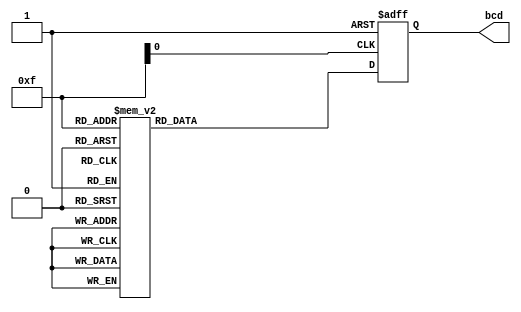
`timescale 1ns / 1ps
//////////////////////////////////////////////////////////////////////////////////
// Company: 
// Engineer: 
// 
// Design Name: 
// Module Name: bin2BCD_tb
// Project Name: 
// Target Devices: 
// Tool Versions: 
// Description: 
// 
// Dependencies: 
// 
// Revision:
// Revision 0.01 - File Created
// Additional Comments:
// 
//////////////////////////////////////////////////////////////////////////////////


module bin2BCD_tb(bcd);

reg clk, rst;
reg [3:0] bin;
output reg [7:0] bcd;

always @(negedge rst or posedge clk) begin
    if(!rst)begin
        bcd<={4'd0, 4'd0};
    end
    else begin
        case(bin)
            0: bcd<={4'd0, 4'd0};
            1: bcd<={4'd0, 4'd1};
            2: bcd<={4'd0, 4'd2};
            3: bcd<={4'd0, 4'd3};
            4: bcd<={4'd0, 4'd4};
            5: bcd<={4'd0, 4'd5};
            6: bcd<={4'd0, 4'd6};
            7: bcd<={4'd0, 4'd7};
            8: bcd<={4'd0, 4'd8};
            9: bcd<={4'd0, 4'd9};
            10: bcd<={4'd1, 4'd0};
            11: bcd<={4'd1, 4'd1};
            12: bcd<={4'd1, 4'd2};
            13: bcd<={4'd1, 4'd3};
            14: bcd<={4'd1, 4'd4};
            15: bcd<={4'd1, 4'd5};
            default: bcd<={4'd0, 4'd0};
        endcase
    end
end

initial begin
clk<=0;
rst<=1;
#10
bin='b0000;
#10
bin=4'b0001;
#10
bin=4'b0010;
#10
bin=4'b0011;
#10
bin=4'b0100;
#10
bin=4'b0101;
#10
bin=4'b0110;
#10
bin=4'b0111;
#10
bin=4'b1000;
#10
bin=4'b1001;
#10
bin=4'b1010;
#10
bin=4'b1011;
#10
bin=4'b1100;
#10
bin=4'b1101;
#10
bin=4'b1110;
#10
bin=4'b1111;
end

always begin
    #5 clk<=~clk;
end
              
endmodule